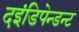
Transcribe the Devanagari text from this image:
दइंडिपेन्डन्ट